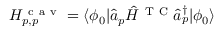
H _ { p , p } ^ { \mathrm { ~ c ~ a ~ v ~ } } = \langle \phi _ { 0 } | \hat { a } _ { p } \hat { H } ^ { \mathrm { ~ T ~ C ~ } } \hat { a } _ { p } ^ { \dagger } | \phi _ { 0 } \rangle